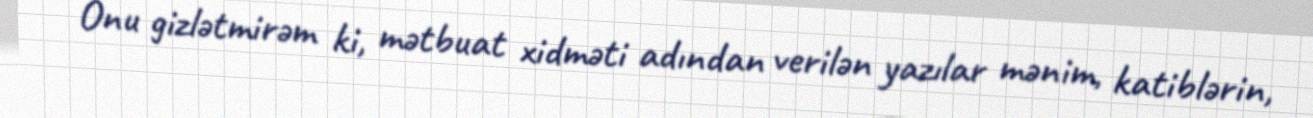
Onu gizlətmirəm ki, mətbuat xidməti adından verilən yazılar mənim, katiblərin,